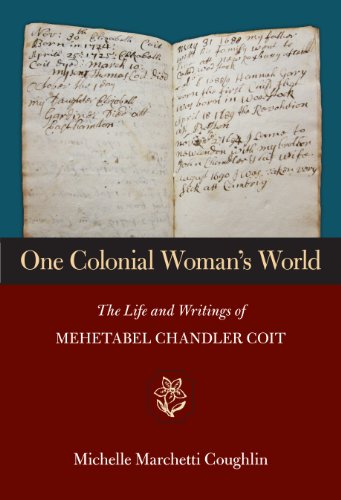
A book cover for One Colonial Woman's World: The Life and Writings of Mehetabel Chandler Coit; Michelle Coughlin; Biographies & Memoirs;